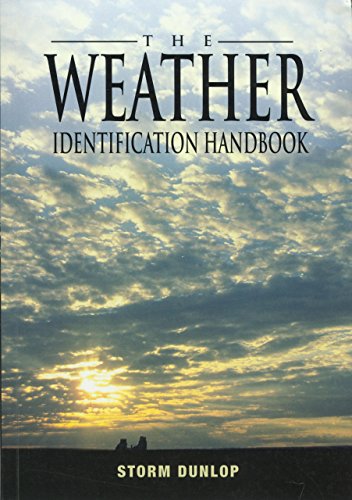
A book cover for The Weather Identification Handbook: The Ultimate Guide for Weather Watchers; Storm Dunlop; Science & Math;